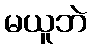
မယူဘဲ